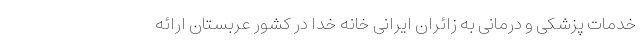
خدمات پزشکی و درمانی به زائران ایرانی خانه خدا در کشور عربستان ارائه